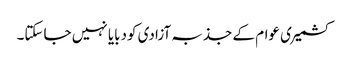
کشمیری عوام کے جذبہ آزادی کودبایا نہیں جاسکتا۔